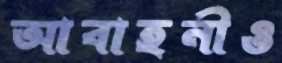
আবাহনীও